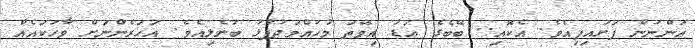
އަންނަން ފަށައިފިއެވެ. އެކޮއި.. ބޭބެގެ އަޑު އިވޭތަ މުހައްމަދުފުޅު ބުނެލިއެވެ. އަހަރެންނަށް ވާހަކައެއް